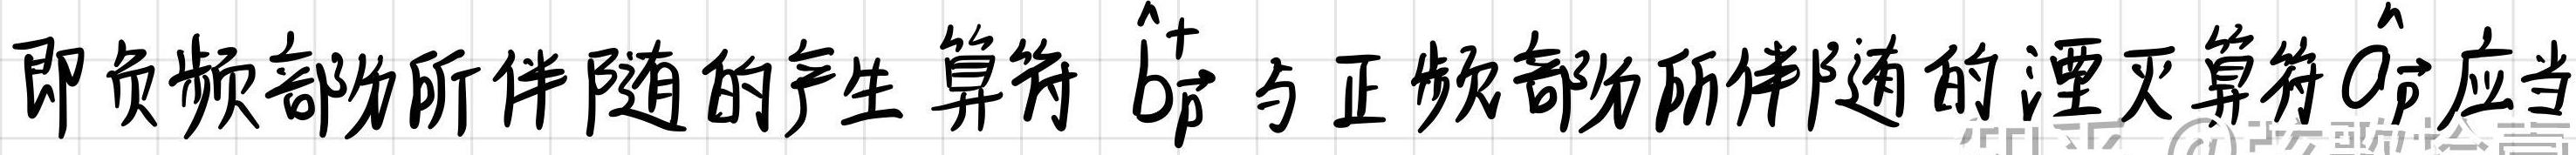
即负频部分所伴随的产生算符$\hat{b}_{\vec{p}}^{+}$与正频部分所伴随的湮灭算符$\hat{a}_{\vec{p}}$应当